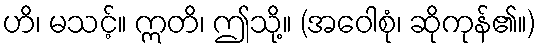
ဟိ၊ မသင့်။ ဣတိ၊ ဤသို့။ (အဝေါစုံ၊ ဆိုကုန်၏။)